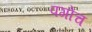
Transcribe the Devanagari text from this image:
पगोच